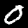
Label: 0